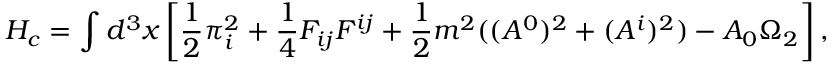
H _ { c } = \int d ^ { 3 } x \left[ \frac { 1 } { 2 } \pi _ { i } ^ { 2 } + \frac { 1 } { 4 } F _ { i j } F ^ { i j } + \frac { 1 } { 2 } m ^ { 2 } ( ( A ^ { 0 } ) ^ { 2 } + ( A ^ { i } ) ^ { 2 } ) - A _ { 0 } \Omega _ { 2 } \right] ,